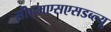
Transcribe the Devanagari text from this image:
सीएमएसएसडब्ल्यू